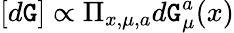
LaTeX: [d\mathtt{G}]\propto\Pi_{x,\mu,a}d\mathtt{G}_{\mu}^{a}(x)